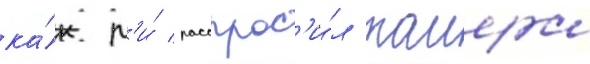
ка́к л'и́ расспрос'и́л таиера